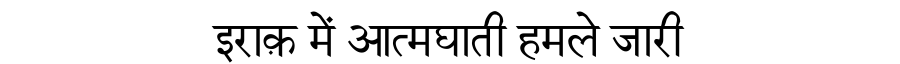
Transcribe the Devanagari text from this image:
इराक़ में आत्मघाती हमले जारी